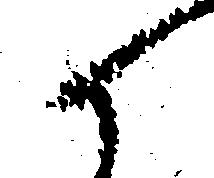
候